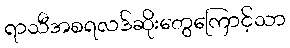
ရာသီအစရလဒ်ဆိုးတွေကြောင့်သာ